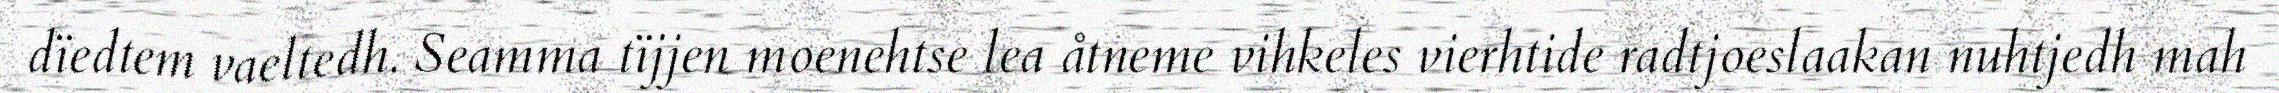
dïedtem vaeltedh. Seamma tïjjen moenehtse lea åtneme vihkeles vierhtide radtjoeslaakan nuhtjedh mah